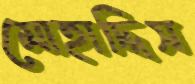
মোহাদ্দিস